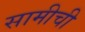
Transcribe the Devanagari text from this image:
सामीची